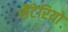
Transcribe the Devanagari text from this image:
सैंटेरियो